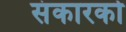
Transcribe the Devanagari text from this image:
संकारको